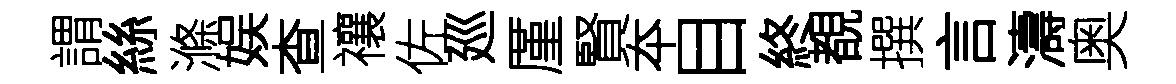
謂絲滌娱查禳佐廵厪賢夲目終覩撰言濤奥